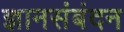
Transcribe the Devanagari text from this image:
ज्ञानसंबंदन